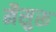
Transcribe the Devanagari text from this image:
मैसुरू